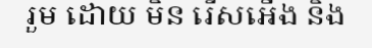
រួម ដោយ មិន រើសអើង និង